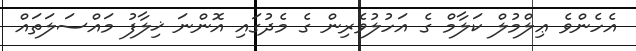
އެހެންވެ ޢިލްމުލް ކަލާމް ގެ އަހުލުވެރިން ގެ މެދުގައި އޮންނަ ޚިލާފު މައްސަލަތައް